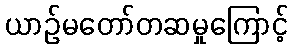
ယာဉ်မတော်တဆမှုကြောင့်